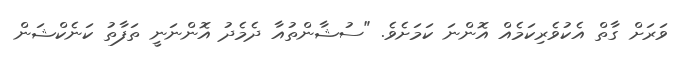
ވަރަށް ގާތް އެކުވެރިކަމެއް އޮންނަ ކަމަށެވެ. "ސުޝާންތުއާ ދެމެދު އޮންނަނީ ތަފާތު ކަނެކްޝަން